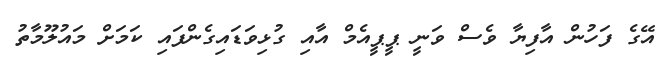
އޭގެ ފަހުން އާފިޔާ ވެސް ވަނީ ޕީޕީއެމް އާއި ގުޅިވަޑައިގެންފައި ކަމަށް މައުލޫމާތު